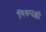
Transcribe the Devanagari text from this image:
निरुपल्ली